Annual report of lunatic asylums [Bombay] - 1912-1922
Year: 1912
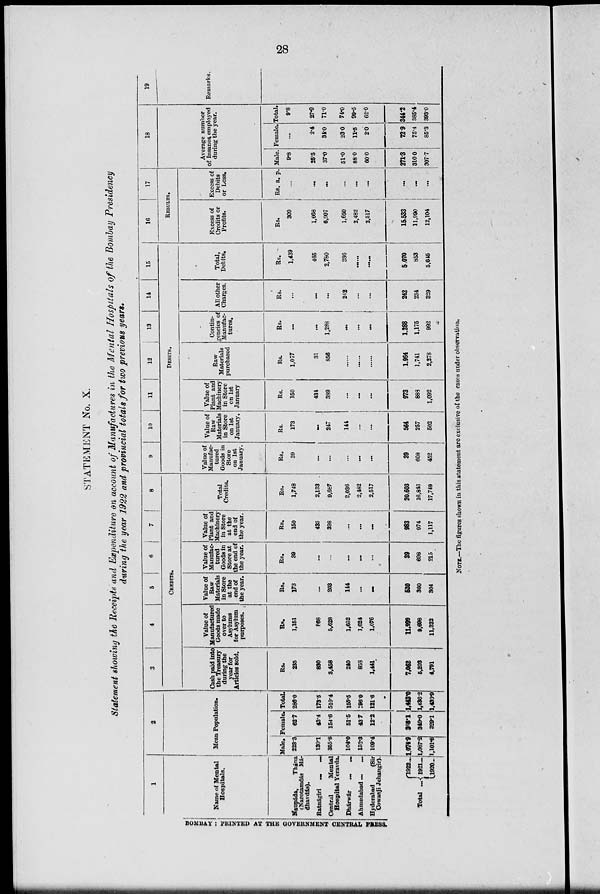
28
STATEMENT No. X.
Statement showing the Receipts and Expenditure on account of Manufactures in the Mental Hospitals of the Bombay Presidency
during the year 1922 and provincial totals for two previous years.
1
Name of Mental
Hospitals.
Naupáda,
Thána
(Narotamdás Mádhavdás).
Ratnágiri
...
...
Central
Mental
Hospital Yeravda.
Dhárwár
...
...
Ahmedabad
...
...
Hyderabad
(Sir
Cowasji Jehangir).
Total
...
1922 ...
1921 ...
1920 ...
2
Mean Population.
Male.
223.3
130.1
355.8
104.0
152.3
109.4
1,074.9
1,087.2
1,101.8
Female.
62.7
43.4
154.6
51.5
43.7
12.2
368.1
349.0
329.1
Total.
286.0
173.5
510.4
155.5
196.0
121.6
1,443.0
1,436.2
1,430.9
3
4
5
6
7 8
CREDITS.
Cash paid into
the Treasury
during the
year for
Articles sold.
Rs.
235
830
3,458
240
858
1,441
7,062
5,203
4,791
Value of
Manufactured
Goods made
over to
Asylums
for Asylum
purposes.
Rs.
1,151
868
5,628
1,652
1,624
1,076
11,999
9,698
11,322
Value of
Raw
Materials
in Store
at the
end of
the year.
Rs.
173
...
203
144
...
...
520
360
304
Value of
Manufac-
tured
Goods in
Store at
the end of
the year.
Rs.
39
...
...
...
...
...
39
608
215
Value of
Plant and
Machinery
in Store
at the
end of
the year.
Rs.
150
435
398
...
...
...
983
974
1,117
Total
Credits.
Rs.
1,748
2,133
9,687
2,036
2,482
2,517
20,603
16,843
17,749
9
10
11
12
13 14
15
DEBITS.
Value of
Manufac-
tured
Goods in
Store
on 1st
January.
Rs.
39
...
...
...
...
...
39
608
452
Value of
Raw
Materials
in Store
on 1st
January.
Rs.
173
...
247
144
...
...
564
257
502
Value of
Plant and
Machinery
in Store
on 1st
January
Rs.
150
434
389
...
...
...
973
888
1,092
Raw
Materials
purchased
Rs.
1,077
31
856
......
......
1,964
1,741
2,278
Contin-
gencies of
Manufac-
tures.
Rs.
...
...
1,288
...
...
...
1,288
1,175
992
All other
Charges.
Rs.
...
...
...
242
...
...
242
234
329
Total,
Debits.
Rs.
1,439
465
2,780
386
......
......
5,070
853
5,645
16
17
RESULTS.
Excess of
Credits or
Profits.
Rs.
309
1,668
6,907
1,650
2,482
2,517
15,533
11,990
12,104
Execss
Debits
or Loss.
Rs. a. p.
...
...
...
...
...
...
...
...
...
18
Average number
of Insanes employed
during the year.
Male.
9.8
25.5
37.0
51.0
88.0
60.0
271.3
310.0
307.7
Female.
...
2.4
34.0
23.0
11.5
2.0
72.9
75.4
85.3
Total.
9.8
27.9
71.0
74.0
99.5
62.0
344.2
385.4
393.0
19
Remarks.
BOMBAY : PRINTED AT THE GOVERNMENT CENTRAL PRESS.
NOTE.—The figures shown in this statement are exclusive of the cases under observation.